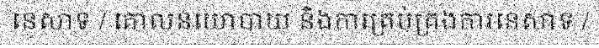
នេសាទ / គោលនយោបាយ និងការគ្រប់គ្រងការនេសាទ /